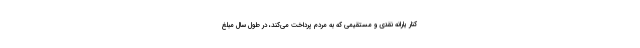
کنار یارانه نقدی و مستقیمی که به مردم پرداخت می‌کند، در طول سال مبلغ